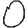
Digit: 0